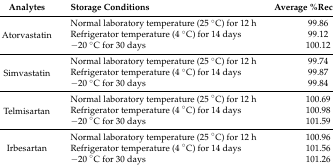
| Analytes | Storage Conditions | Average %Recovery * |
 | --- | --- | --- |
 | <ROWSPAN=3> Atorvastatin | Normal laboratory temperature (25 °C) for 12 h | 99.86 |
 | Refrigerator temperature (4 °C) for 14 days | 99.12 |
 | −20 °C for 30 days | 100.12 |
 | <ROWSPAN=3> Simvastatin | Normal laboratory temperature (25 °C) for 12 h | 99.74 |
 | Refrigerator temperature (4 °C) for 14 days | 99.87 |
 | −20 °C for 30 days | 99.84 |
 | <ROWSPAN=3> Telmisartan | Normal laboratory temperature (25 °C) for 12 h | 100.69 |
 | Refrigerator temperature (4 °C) for 14 days | 100.98 |
 | −20 °C for 30 days | 101.59 |
 | <ROWSPAN=3> Irbesartan | Normal laboratory temperature (25 °C) for 12 h | 100.96 |
 | Refrigerator temperature (4 °C) for 14 days | 101.56 |
 | −20 °C for 30 days | 101.26 |